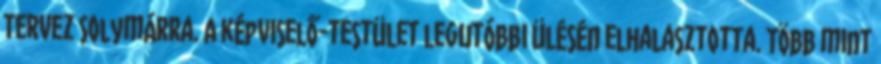
tervez Solymárra. A képviselő-testület legutóbbi ülésén elhalasztotta. Több mint